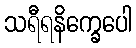
သရီရနိက္ခေပေါ